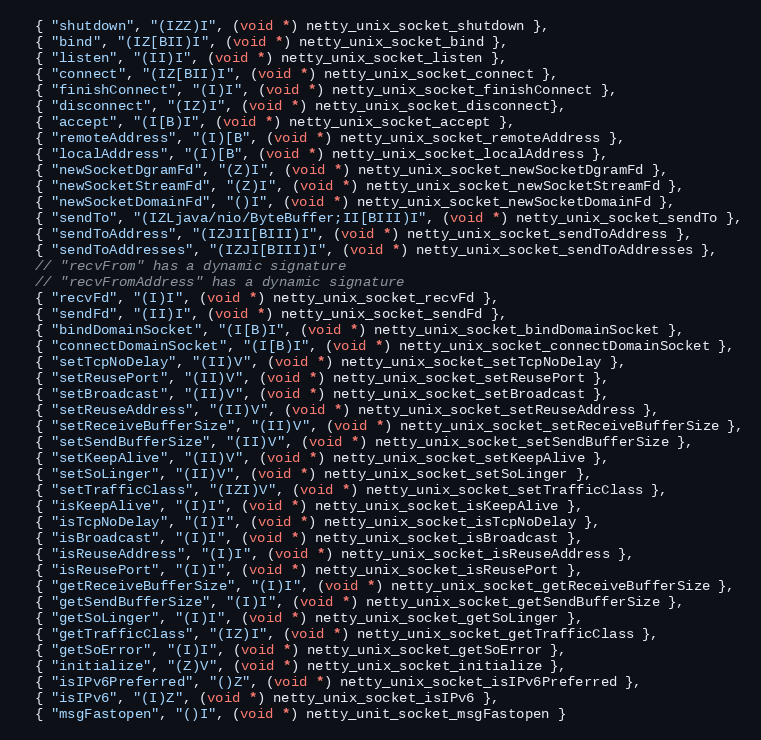
Language: C
  { "shutdown", "(IZZ)I", (void *) netty_unix_socket_shutdown },
  { "bind", "(IZ[BII)I", (void *) netty_unix_socket_bind },
  { "listen", "(II)I", (void *) netty_unix_socket_listen },
  { "connect", "(IZ[BII)I", (void *) netty_unix_socket_connect },
  { "finishConnect", "(I)I", (void *) netty_unix_socket_finishConnect },
  { "disconnect", "(IZ)I", (void *) netty_unix_socket_disconnect},
  { "accept", "(I[B)I", (void *) netty_unix_socket_accept },
  { "remoteAddress", "(I)[B", (void *) netty_unix_socket_remoteAddress },
  { "localAddress", "(I)[B", (void *) netty_unix_socket_localAddress },
  { "newSocketDgramFd", "(Z)I", (void *) netty_unix_socket_newSocketDgramFd },
  { "newSocketStreamFd", "(Z)I", (void *) netty_unix_socket_newSocketStreamFd },
  { "newSocketDomainFd", "()I", (void *) netty_unix_socket_newSocketDomainFd },
  { "sendTo", "(IZLjava/nio/ByteBuffer;II[BIII)I", (void *) netty_unix_socket_sendTo },
  { "sendToAddress", "(IZJII[BIII)I", (void *) netty_unix_socket_sendToAddress },
  { "sendToAddresses", "(IZJI[BIII)I", (void *) netty_unix_socket_sendToAddresses },
  // "recvFrom" has a dynamic signature
  // "recvFromAddress" has a dynamic signature
  { "recvFd", "(I)I", (void *) netty_unix_socket_recvFd },
  { "sendFd", "(II)I", (void *) netty_unix_socket_sendFd },
  { "bindDomainSocket", "(I[B)I", (void *) netty_unix_socket_bindDomainSocket },
  { "connectDomainSocket", "(I[B)I", (void *) netty_unix_socket_connectDomainSocket },
  { "setTcpNoDelay", "(II)V", (void *) netty_unix_socket_setTcpNoDelay },
  { "setReusePort", "(II)V", (void *) netty_unix_socket_setReusePort },
  { "setBroadcast", "(II)V", (void *) netty_unix_socket_setBroadcast },
  { "setReuseAddress", "(II)V", (void *) netty_unix_socket_setReuseAddress },
  { "setReceiveBufferSize", "(II)V", (void *) netty_unix_socket_setReceiveBufferSize },
  { "setSendBufferSize", "(II)V", (void *) netty_unix_socket_setSendBufferSize },
  { "setKeepAlive", "(II)V", (void *) netty_unix_socket_setKeepAlive },
  { "setSoLinger", "(II)V", (void *) netty_unix_socket_setSoLinger },
  { "setTrafficClass", "(IZI)V", (void *) netty_unix_socket_setTrafficClass },
  { "isKeepAlive", "(I)I", (void *) netty_unix_socket_isKeepAlive },
  { "isTcpNoDelay", "(I)I", (void *) netty_unix_socket_isTcpNoDelay },
  { "isBroadcast", "(I)I", (void *) netty_unix_socket_isBroadcast },
  { "isReuseAddress", "(I)I", (void *) netty_unix_socket_isReuseAddress },
  { "isReusePort", "(I)I", (void *) netty_unix_socket_isReusePort },
  { "getReceiveBufferSize", "(I)I", (void *) netty_unix_socket_getReceiveBufferSize },
  { "getSendBufferSize", "(I)I", (void *) netty_unix_socket_getSendBufferSize },
  { "getSoLinger", "(I)I", (void *) netty_unix_socket_getSoLinger },
  { "getTrafficClass", "(IZ)I", (void *) netty_unix_socket_getTrafficClass },
  { "getSoError", "(I)I", (void *) netty_unix_socket_getSoError },
  { "initialize", "(Z)V", (void *) netty_unix_socket_initialize },
  { "isIPv6Preferred", "()Z", (void *) netty_unix_socket_isIPv6Preferred },
  { "isIPv6", "(I)Z", (void *) netty_unix_socket_isIPv6 },
  { "msgFastopen", "()I", (void *) netty_unit_socket_msgFastopen }